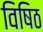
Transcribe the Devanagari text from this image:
विषिठ